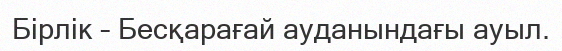
Бірлік – Бесқарағай ауданындағы ауыл.